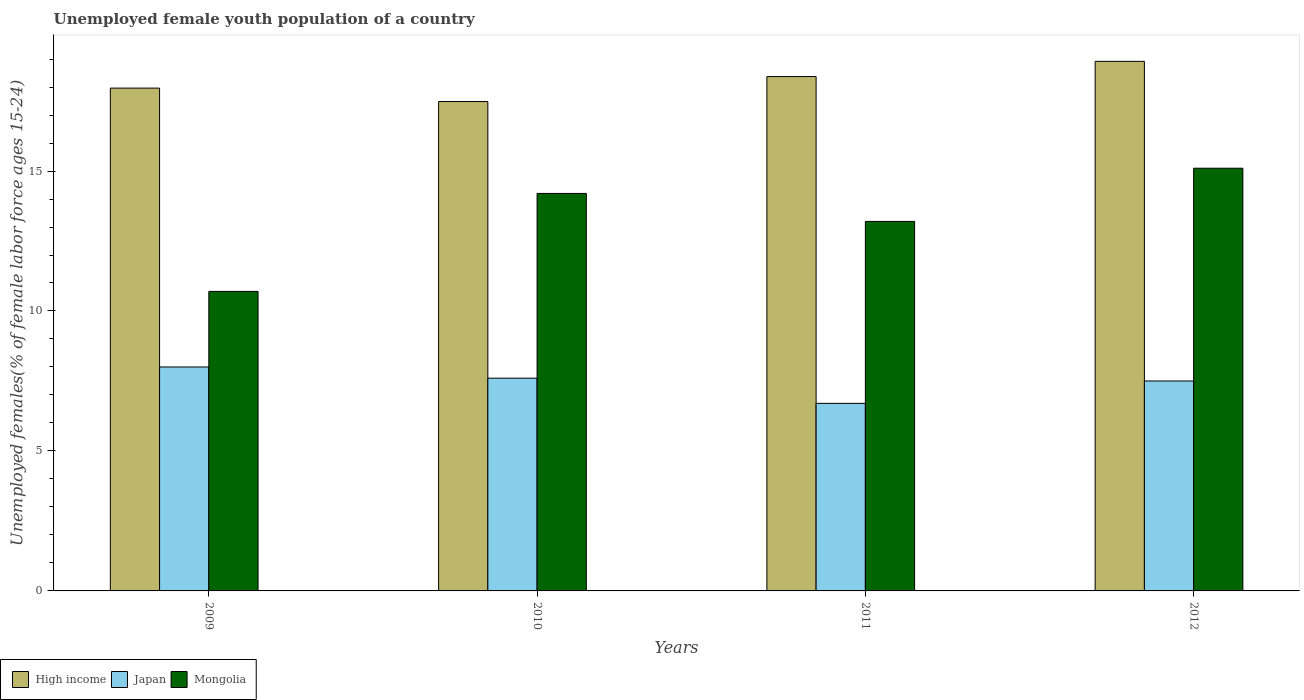
| Years | High income | Japan | Mongolia |
 | --- | --- | --- | --- |
 | 2009 | 18 | 8 | 10.7 |
 | 2010 | 17.5 | 7.6 | 14.2 |
 | 2011 | 18.4 | 6.7 | 13.2 |
 | 2012 | 18.9 | 7.5 | 15.1 |